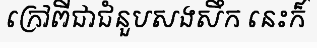
ក្រៅពីជាជំនួបសងសឹក នេះក៏